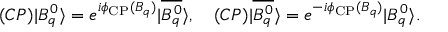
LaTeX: ( { \cal C P } ) | B _ { q } ^ { 0 } \rangle = e ^ { i \phi _ { \mathrm { C P } } ( B _ { q } ) } | \overline { { { B _ { q } ^ { 0 } } } } \rangle , \quad ( { \cal C P } ) | \overline { { { B _ { q } ^ { 0 } } } } \rangle = e ^ { - i \phi _ { \mathrm { C P } } ( B _ { q } ) } | B _ { q } ^ { 0 } \rangle .